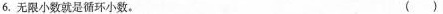
6. 无限小数就是循环小数。 ( )